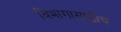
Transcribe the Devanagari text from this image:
विभागासाठीच